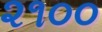
૨૧૦૦